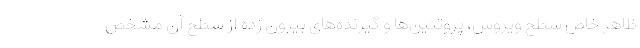
ظاهر خاص سطح ویروس، پروتئین‌ها و گیرنده‌های بیرون زده از سطح آن مشخص